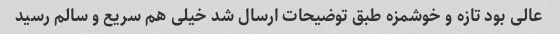
عالی بود تازه و خوشمزه طبق توضیحات ارسال شد خیلی هم سریع و سالم رسید